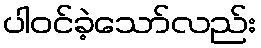
ပါဝင်ခဲ့သော်လည်း